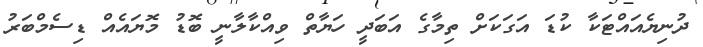
ދުނިޔެއައްޓަކާ ކުޑަ އަގަކަށް ތިމާގެ އަބަދީ ހަޔާތް ވިއްކާލާނީ ބޮޑު މޮޔައެއް ޑިސެމްބަރު